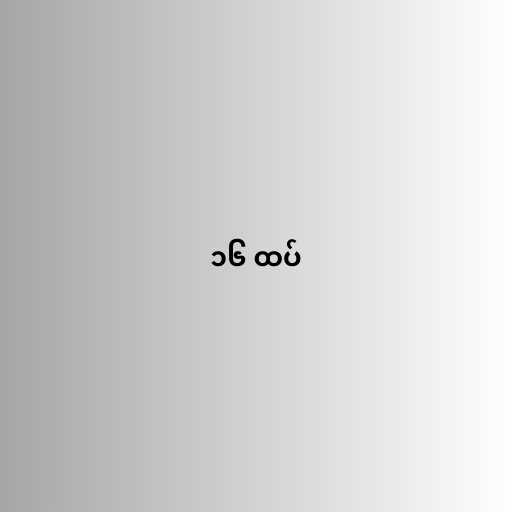
၁၆ ထပ်